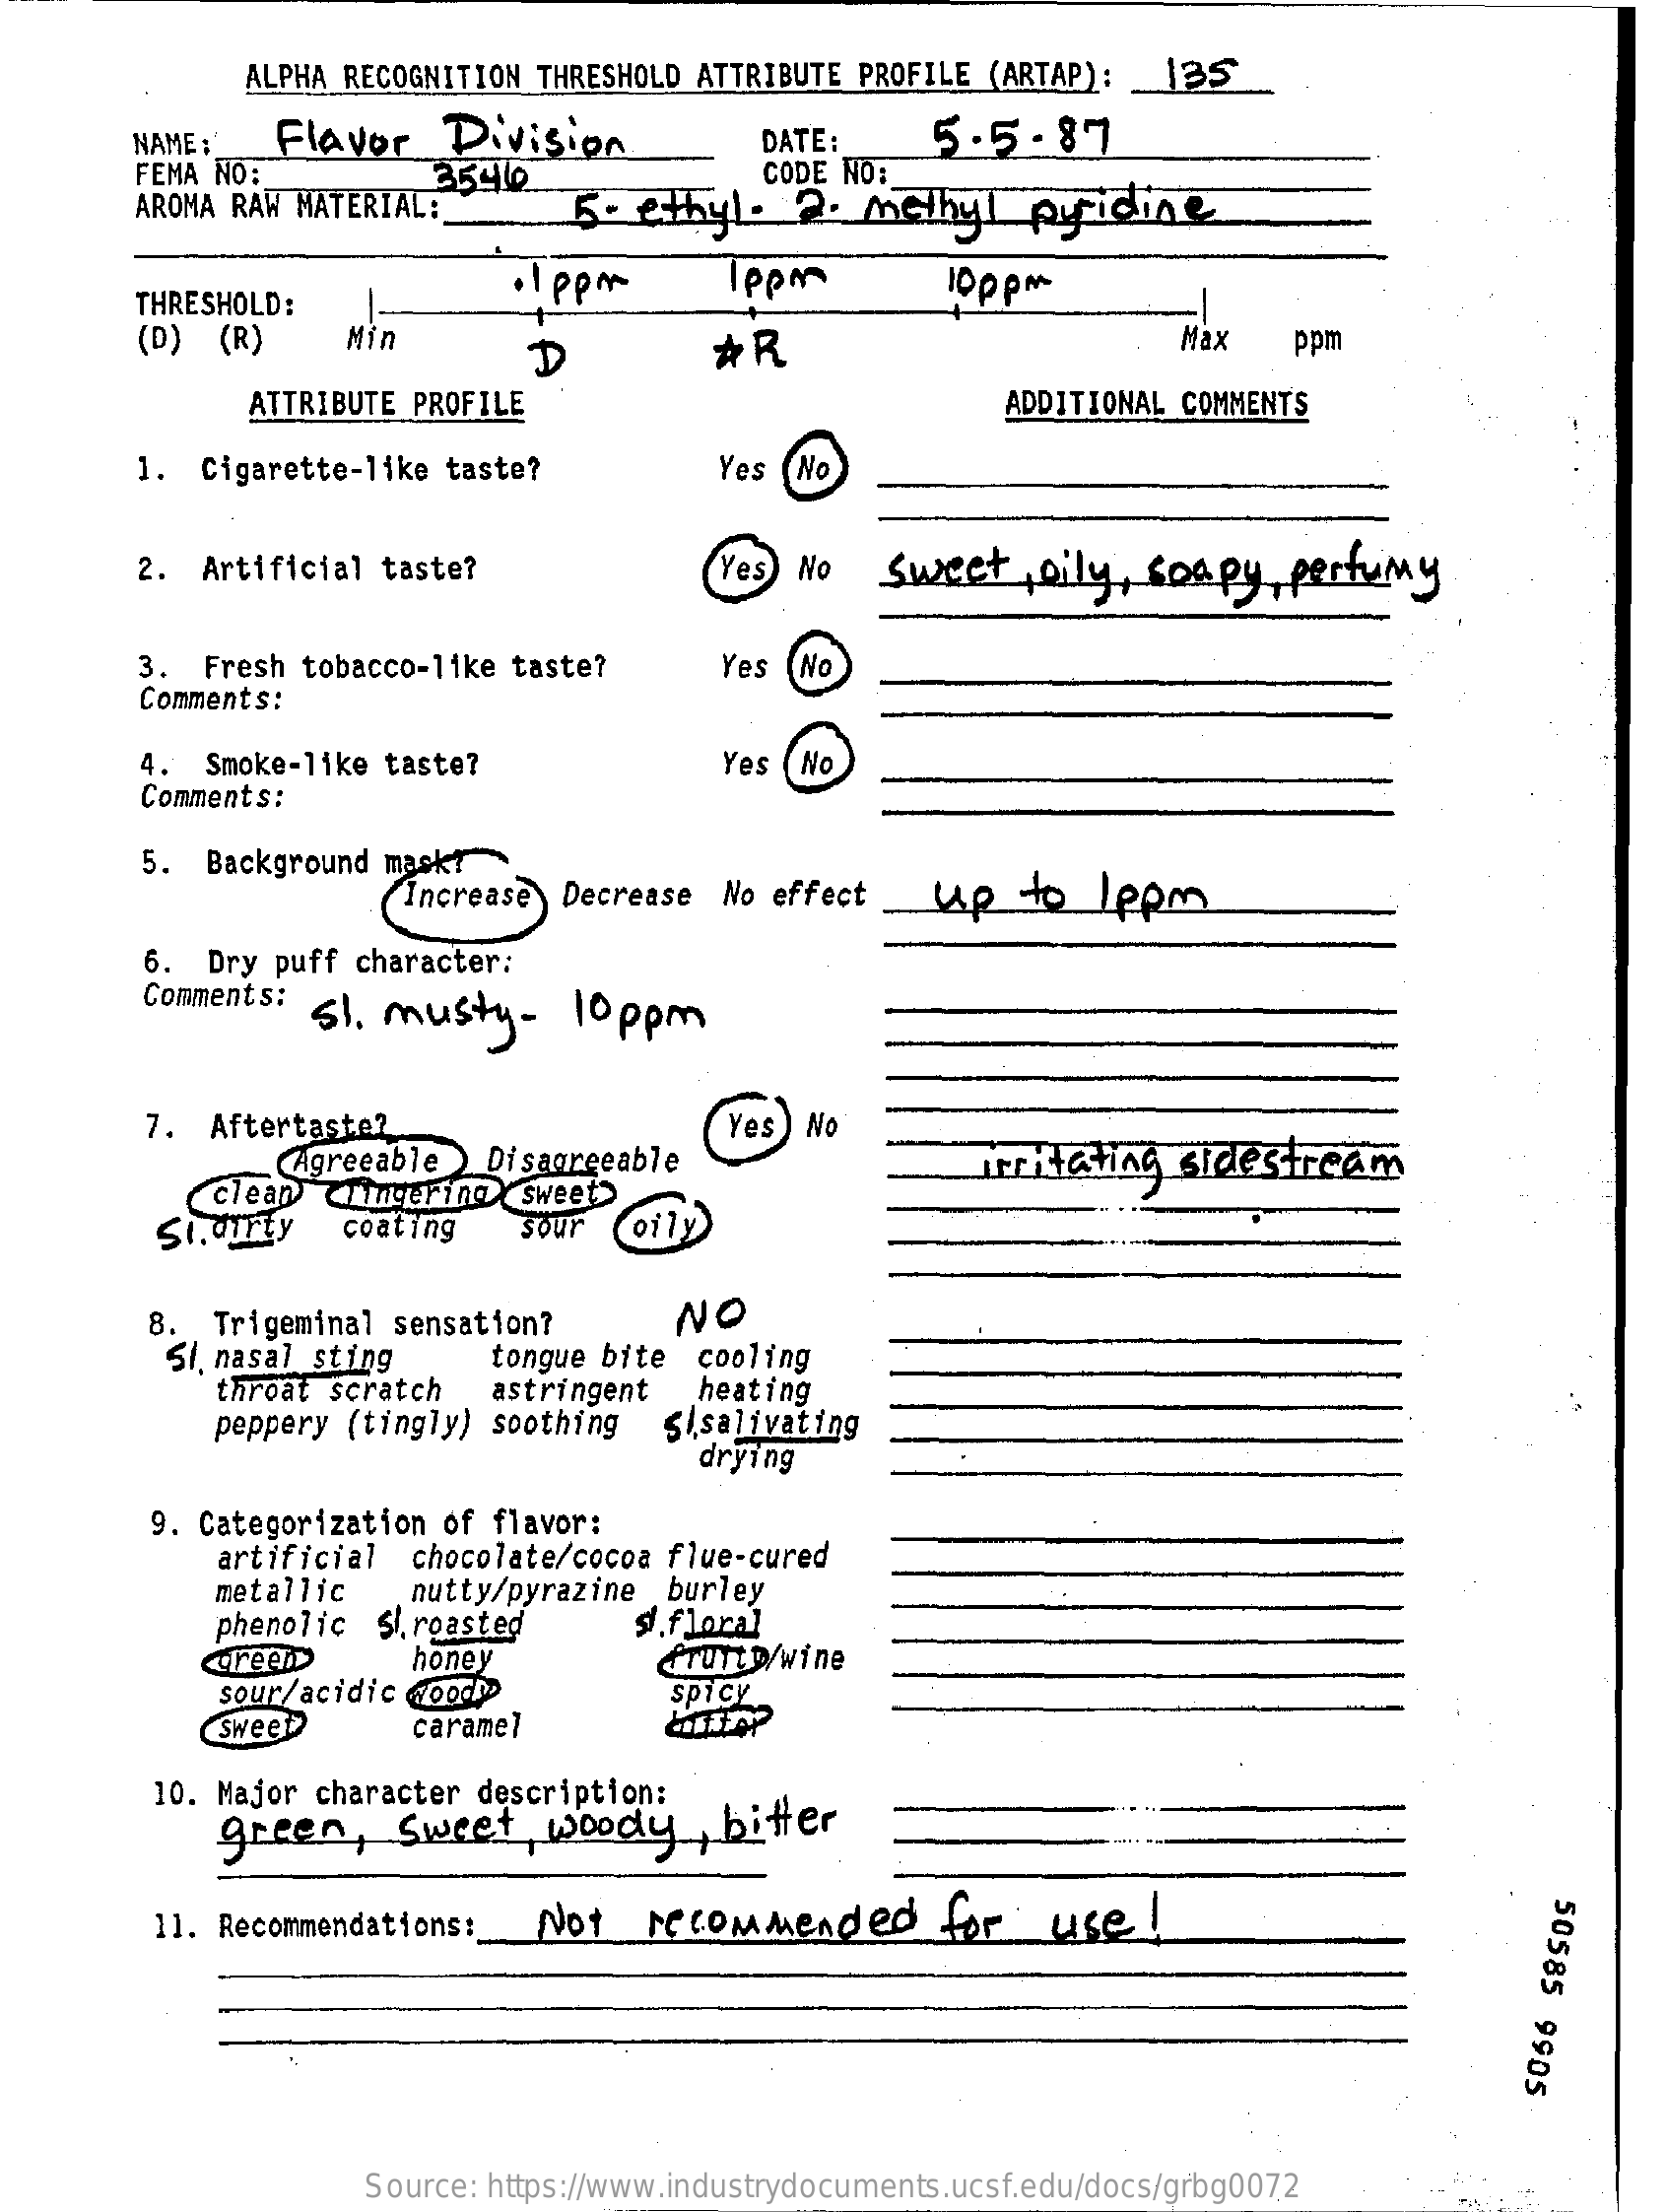
ALPHA RECOGNITION THRESHOLD ATTRIBUTE PROFILE (ARTAP):  _ 1BS
     NAME:    Flavor    Division    DATE:    5.5.87
     FEMA NO:
     AROMA RAW MATERIAL:
     35410    CODE NO:
     5 - ethyl  .  2.  MEthyl    pridise
     THRESHOLD:
     . 1 ppm    1ppm
     (D)  (R)    Mir
     D    *R    Max    ppm
     ATTRIBUTE PROFILE    ADDITIONAL COMMENTS
     1. Cigarette-like  taste?    Yes  No
     2.  Artificial taste?    Yes  No   Sweet    , oily, soapy,   perfumy
     3.  Fresh tobacco-like taste?    Yes  No
     Comments:
     4.  Smoke-like taste?    Yes  No
     Comments:
     5.  Background mask?
     Increase  Decrease  No effect    up   to   1 ppm
     6.  Dry puff character:
     Comments:  S1. musty-    10ppm
     7.  Aftertaste?    Yes) No
     Agreeable   Disagreeable
     clean) CLingering   sweet>
     irritating  sidestream
     Si. dirty   coating    sour
     8.  Trigeminal sensation?    NO
     Si, nasal sting
     throat scratch
     tongue bite  cooling
     astringent   heating
     peppery (tingly) soothing   Sisalivating
     drying
     9. Categorization of flavor:
     artificial  chocolate/cocoa flue-cured
     metallic    nutty/pyrazine  burley
     phenolic  Slroasted    si.floral
     Green    honey    frutto/wine
     sour/acidic dood    spicy
     Sweet    caramel
     10. Major character description:
     green,    sweet    woody    bitter
     11. Recommendations :_  Not    recommended    for   use    !
     50585
     9905
     Source: https://www.industrydocuments.ucsf.edu/docs/grbg0072